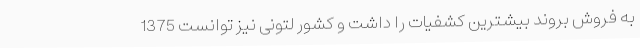
به فروش بروند بیشترین کشفیات را داشت و کشور لتونی نیز توانست 1375